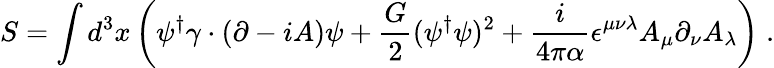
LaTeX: S=\int d^{3}x\left(\psi^{\dagger}\gamma\cdot(\partial-iA)\psi+\frac{G}{2}(\psi^{\dagger}\psi)^{2}+\frac{i}{4\pi\alpha}\epsilon^{\mu\nu\lambda}A_{\mu}\partial_{\nu}A_{\lambda}\right)\; .